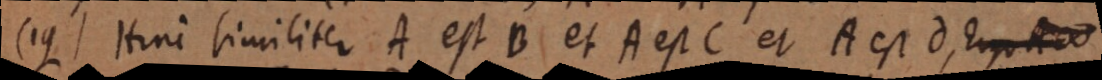
19) Hinc similiter A est B et A est C et A est D.